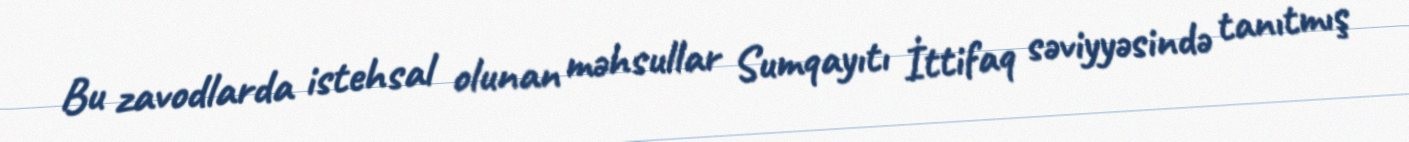
Bu zavodlarda istehsal olunan məhsullar Sumqayıtı İttifaq səviyyəsində tanıtmış